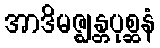
အာဒိမဇ္ဈန္တပုစ္ဆနံ